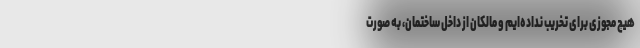
هیچ مجوزی برای تخریب نداده‌ایم و مالکان از داخل ساختمان، به صورت